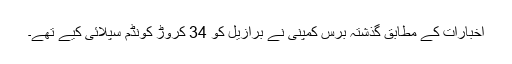
اخبارات کے مطابق گذشتہ برس کمپنی نے برازیل کو 34 کروڑ کونڈم سپلائی کیے تھے۔